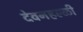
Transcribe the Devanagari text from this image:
देवनहल्ळी